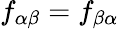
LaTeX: f_{\alpha\beta}=f_{\beta\alpha}